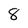
Character: 8